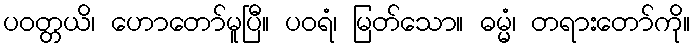
ပဝတ္တယိ၊ ဟောတော်မူပြီ။ ပဝရံ၊ မြတ်သော။ ဓမ္မံ၊ တရားတော်ကို။